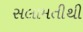
સલામતીથી